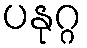
ပနုဂ္ဂ